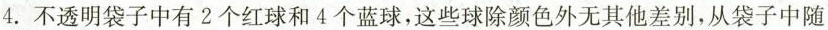
4.不透明袋子中有2个红球和4个蓝球，这些球除颜色外无其他差别，从袋子中随